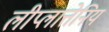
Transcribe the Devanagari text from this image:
लीप्लात्तेनिय